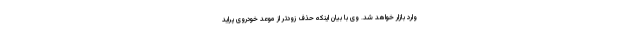
وارد بازار خواهد شد. وی با بیان اینکه حذف زودتر از موعد خودروی پراید